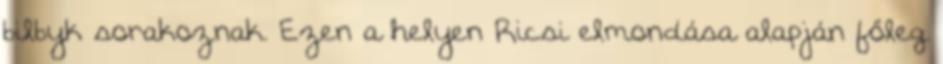
bilbyk sorakoznak. Ezen a helyen Ricsi elmondása alapján főleg